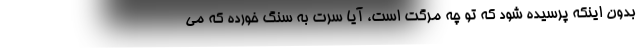
بدون اینکه پرسیده شود که تو چه مرگت است، آیا سرت به سنگ خورده که می